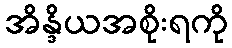
အိန္ဒိယအစိုးရကို